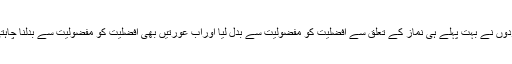
کہ مردوں نے بہت پہلے ہی نماز کے تعلق سے افضلیت کو مفضولیت سے بدل لیا اوراب عورتیں بھی افضلیت کو مفضولیت سے بدلنا چاہتی ہیں۔